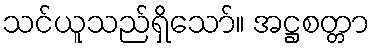
သင်ယူသည်ရှိသော်။ အဋ္ဌစတ္တာ